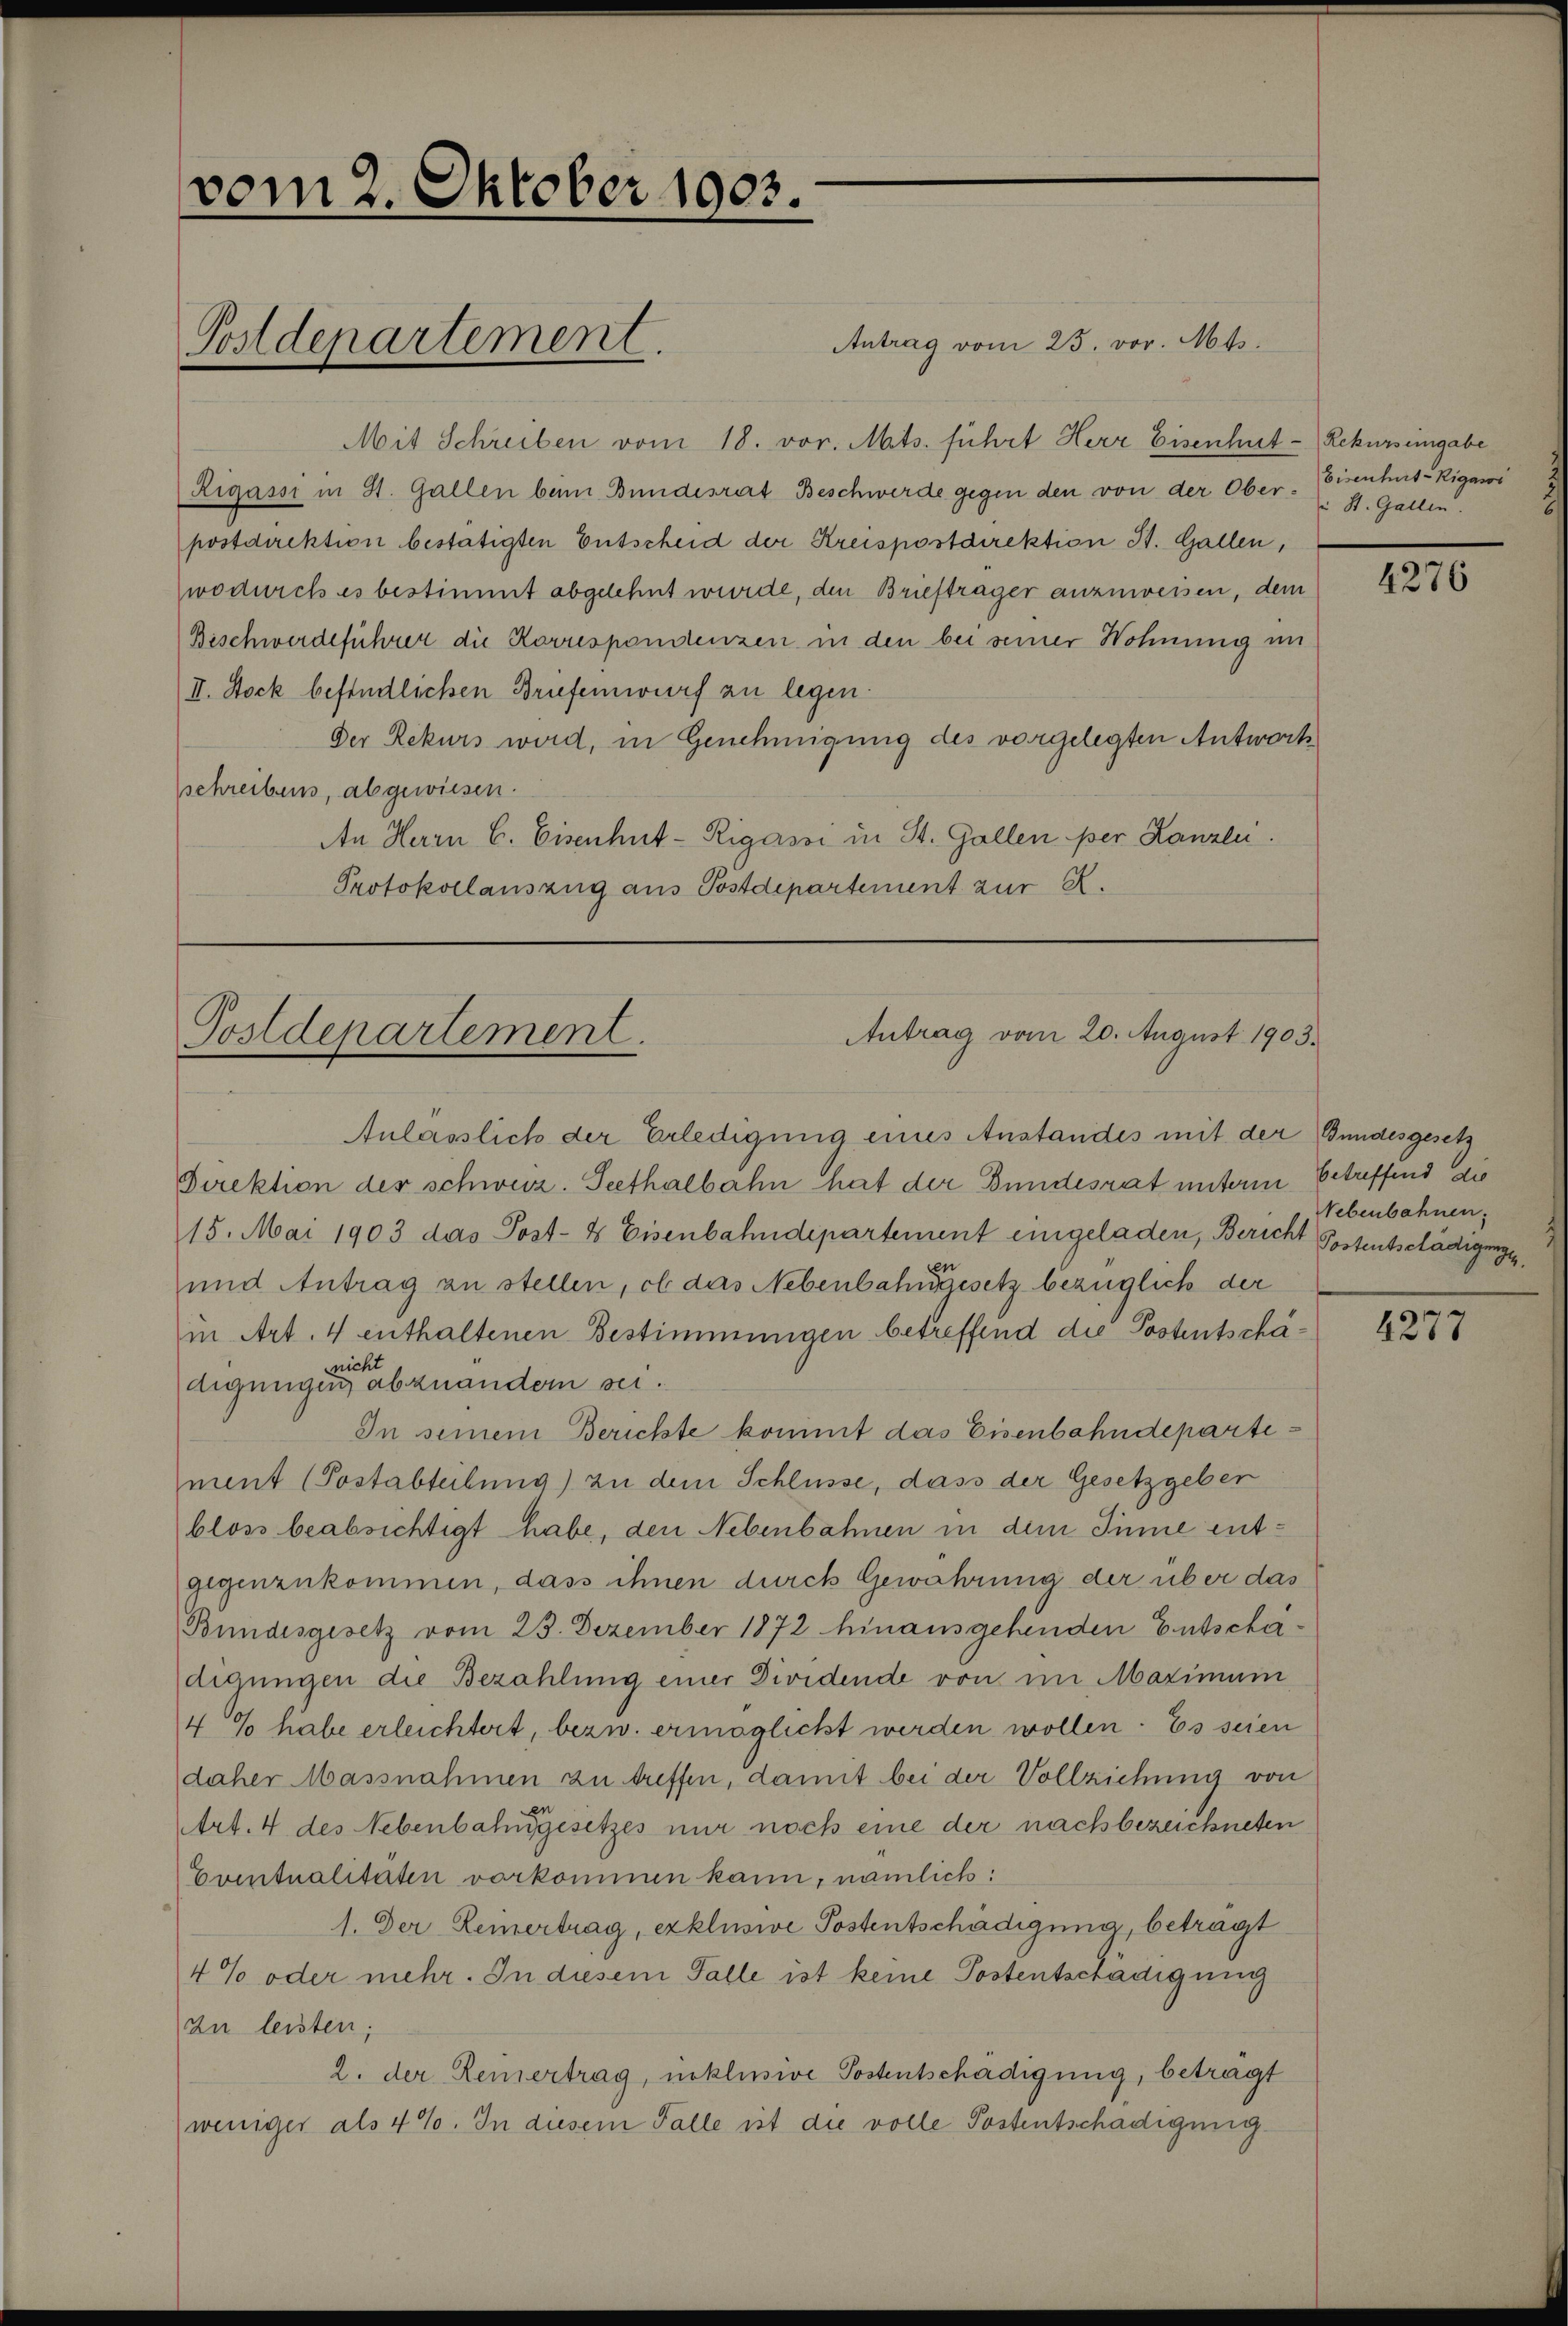
vom 2. Oktober 1903.

Antrag vom 25. vor. Mts.
Mit Schreiben vom 18. vor. Mts. führt Herr Eisenhut- Rekursengabe
Rigassi in St. Gallen beim Bundesrat Beschwerde gegen den von der Ober- St. Gallen.
postdirektion bestätigten Entscheid der Kreispostdirektion St. Gallen,
wodurch es bestimmt abgelehnt wurde, den Briefträger anzuweisen, dem
Beschwerdeführer die Korrespondenzen in den bei seiner Wohnung im
II. Stock befindlichen Briefenwurf zu legen.
Der Rekurs wird, in Genehmigung des vorgelegten Antworts
schreibens, abgewiesen.
An Herrn C. Eisenhut-Rigassi in St. Gallen per Kanzlei.
Protokollauszug aus Postdepartement zur R.

Postdepartement.

Anlässlich der Erledigung eines Anstandes mit der Gundesgesetz
Direktion der schweiz. Seethalbahn hat der Bundesrat unterm betreffend die
15. Mai 1903 das Post- & Eisenbahndepartement eingeladen, Bericht Postentschädigung
und Antrag zu stellen, ob das Nebenbahngesetz bezüglich der
in Art. 4 enthaltenen Bestimmungen betreffend die Postentschädigungen der abzuändern sei.
In seinem Berichte kommt das Eisenbahndepartement (Postabteilung) zu dem Schlüsse, dass der Gesetzgeber
bloss beabsichtigt habe, den Nebenbahnen in dem Innie entgegenzukommen, dass ihnen durch Gewährung der über das
Bundesgesetz vom 23. Dezember 1872 hinausgehenden Entschädigungen die Bezahlung einer Dividende von im Maximum
4 % habe erleichtert, bezw. ermöglicht werden wollen. Es seien
daher Massnahmen zu treffen, damit bei der Vollziehung von
Art. 4 des Nebenbahngesetzes nur noch eine der nachbezeichneten
Eventualitäten vorkommen kann, nämlich:
1. Der Reinertrag, exklusive Postentschädigung, betragt
4% oder mehr. In diesem Falle ist keine Postentschädigung
zu leisten;
2. der Reinertrag, unklusive Postentschädigung, beträgt
weniger als 4%. In diesem Falle ist die volle Postentschädigung

Antrag vom 20. August 1903.
Postdepartement.

Eisenhut-Rigassi

4276

Nebenbahnen.

4277